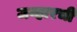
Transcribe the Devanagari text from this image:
जव्हारची